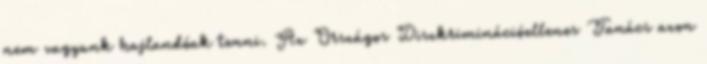
nem vagyunk hajlandóak tenni. Az Országos Diszkriminációellenes Tanács azon